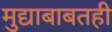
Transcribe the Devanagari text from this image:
मुद्याबाबतही